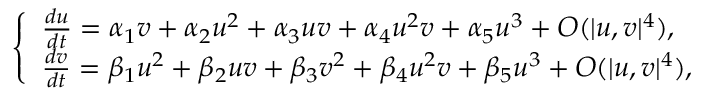
\left\{ \begin{array} { l l } { \frac { d u } { d t } = \alpha _ { 1 } v + \alpha _ { 2 } u ^ { 2 } + \alpha _ { 3 } u v + \alpha _ { 4 } u ^ { 2 } v + \alpha _ { 5 } u ^ { 3 } + O ( { | u , v | ^ { 4 } } ) , } \\ { \frac { d v } { d t } = \beta _ { 1 } u ^ { 2 } + \beta _ { 2 } u v + \beta _ { 3 } v ^ { 2 } + \beta _ { 4 } u ^ { 2 } v + \beta _ { 5 } u ^ { 3 } + O ( { | u , v | ^ { 4 } } ) , } \end{array} \right.